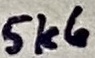
Text: 5k6